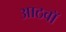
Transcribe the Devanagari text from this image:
आठवाॅ